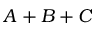
A + B + C